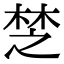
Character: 椘